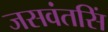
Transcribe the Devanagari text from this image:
जसवंतसिं